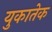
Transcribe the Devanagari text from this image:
युकातेक